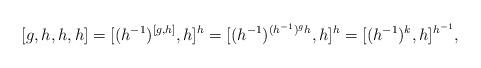
LaTeX: \begin{align*}[g,h,h,h]=[(h^{-1})^{[g,h]},h]^h= [(h^{-1})^{{(h^{-1})^g}h},h]^h=[(h^{-1})^k,h]^{h^{-1}},\end{align*}